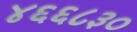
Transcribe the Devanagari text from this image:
४६६८३०